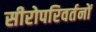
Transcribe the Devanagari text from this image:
सीरोपरिवर्तनों